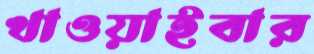
খাওয়াইবার